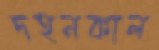
দহনকাল